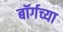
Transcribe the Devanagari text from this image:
बॉर्गच्या